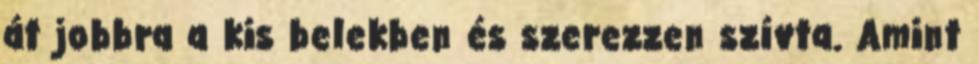
át jobbra a kis belekben és szerezzen szívta. Amint